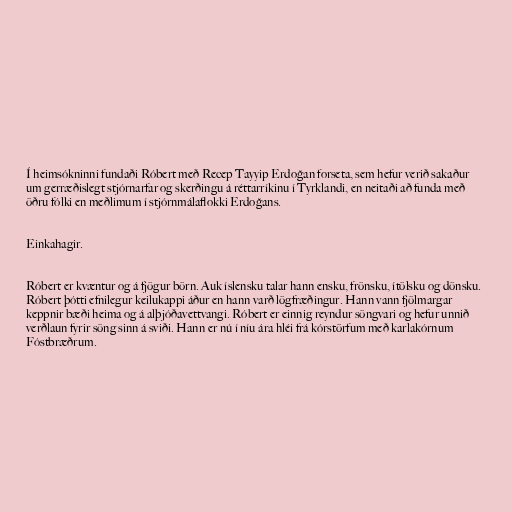
Í heimsókninni fundaði Róbert með Recep Tayyip Erdoğan forseta, sem hefur verið sakaður
um gerræðislegt stjórnarfar og skerðingu á réttarríkinu í Tyrklandi, en neitaði að funda með
öðru fólki en meðlimum í stjórnmálaflokki Erdoğans.

Einkahagir.

Róbert er kvæntur og á fjögur börn. Auk íslensku talar hann ensku, frönsku, ítölsku og dönsku.
Róbert þótti efnilegur keilukappi áður en hann varð lögfræðingur. Hann vann fjölmargar
keppnir bæði heima og á alþjóðavettvangi. Róbert er einnig reyndur söngvari og hefur unnið
verðlaun fyrir söng sinn á sviði. Hann er nú í níu ára hléi frá kórstörfum með karlakórnum
Fóstbræðrum.